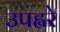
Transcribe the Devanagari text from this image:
उपह्वरे